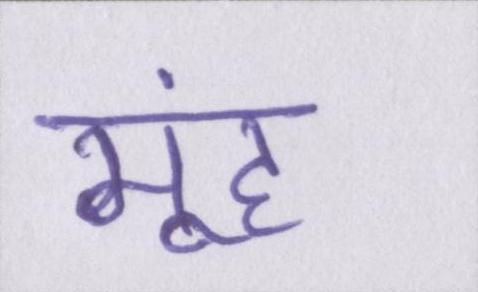
मूंह